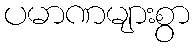
ပမာဏများစွာ